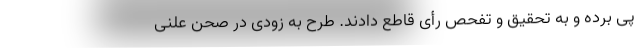
پی‌ برده و به تحقیق و تفحص رأی قاطع دادند. طرح به زودی در صحن علنی